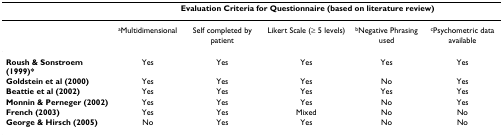
<table><thead><tr><td></td><td colspan="5"><b>Evaluation Criteria for Questionnaire (based on literature review)</b></td></tr></thead><tbody><tr><td></td><td><sup>a</sup>Multidimensional</td><td>Self completed by patient</td><td>Likert Scale (≥ 5 levels)</td><td><sup>b</sup>Negative Phrasing used</td><td><sup>c</sup>Psychometric data available</td></tr><tr><td><b>Roush &amp; Sonstroem (1999)*</b></td><td>Yes</td><td>Yes</td><td>Yes</td><td>Yes</td><td>Yes</td></tr><tr><td><b>Goldstein et al (2000)</b></td><td>Yes</td><td>Yes</td><td>Yes</td><td>No</td><td>Yes</td></tr><tr><td><b>Beattie et al (2002)</b></td><td>Yes</td><td>Yes</td><td>Yes</td><td>Yes</td><td>Yes</td></tr><tr><td><b>Monnin &amp; Perneger (2002)</b></td><td>Yes</td><td>Yes</td><td>Yes</td><td>No</td><td>Yes</td></tr><tr><td><b>French (2003)</b></td><td>Yes</td><td>Yes</td><td>Mixed</td><td>No</td><td>No</td></tr><tr><td><b>George &amp; Hirsch (2005)</b></td><td>No</td><td>Yes</td><td>Yes</td><td>No</td><td>No</td></tr></tbody></table>